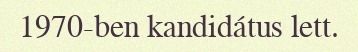
1970-ben kandidátus lett.